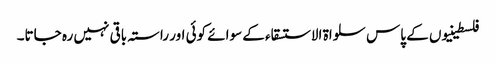
فلسطینیوں کے پاس سلواۃ الاستسقاء کے سوائے کوئی اور راستہ باقی نہیں رہ جاتا۔